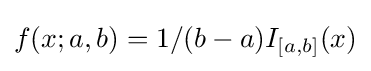
f(x;a,b)=1/(b-a)I_{[a,b]}(x)